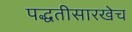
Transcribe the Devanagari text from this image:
पद्धतीसारखेच